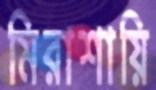
মিরাশায়ি